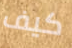
كيف